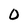
Character: O